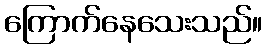
ကြောက်နေသေးသည်။